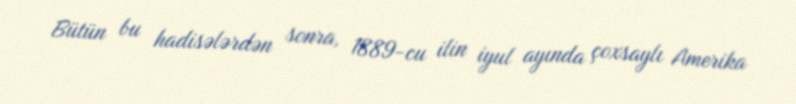
Bütün bu hadisələrdən sonra, 1889-cu ilin iyul ayında çoxsaylı Amerika